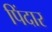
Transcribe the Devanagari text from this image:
पिंदार